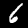
Digit: 6